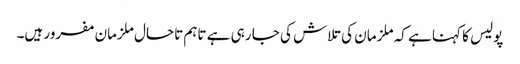
پولیس کا کہنا ہے کہ ملزمان کی تلاش کی جا رہی ہے تاہم تاحال ملزمان مفرور ہیں۔